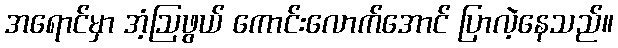
အရောင်မှာ အံ့ဩဖွယ် ကောင်းလောက်အောင် ပြာလဲ့နေသည်။